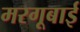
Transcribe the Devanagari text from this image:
मरगूबाई